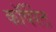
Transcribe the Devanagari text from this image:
काॅर्पेरेट